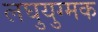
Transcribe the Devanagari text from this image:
लघुयुग्मक